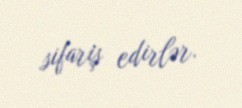
sifariş edirlər.